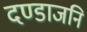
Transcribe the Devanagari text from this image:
दण्डाजनि